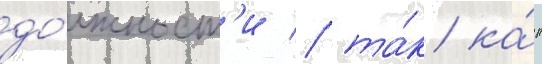
до́лжност'и / та́к ка́к